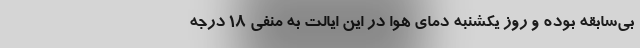
بی‌سابقه بوده و روز یکشنبه دمای هوا در این ایالت به منفی ۱۸ درجه